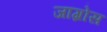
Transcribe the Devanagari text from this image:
जाग्रोस